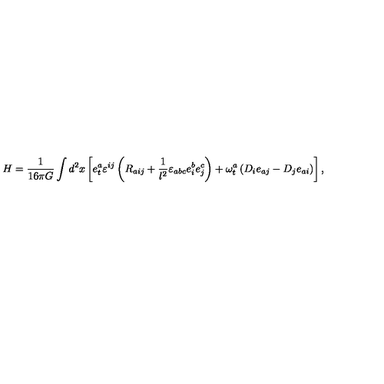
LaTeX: H = { \frac { 1 } { 1 6 \pi G } } \int d ^ { 2 } x \left[ e _ { t } ^ { a } \varepsilon ^ { i j } \left( R _ { a i j } + { \frac { 1 } { l ^ { 2 } } } \varepsilon _ { a b c } e _ { i } ^ { b } e _ { j } ^ { c } \right) + \omega _ { t } ^ { a } \left( D _ { i } e _ { a j } - D _ { j } e _ { a i } \right) \right] ,